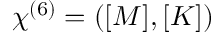
\begin{array} { r } { \chi ^ { ( 6 ) } = ( \boldsymbol { [ M ] } , \boldsymbol { [ K ] } ) } \end{array}